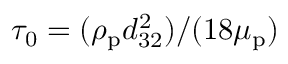
\tau _ { 0 } = ( \rho _ { \mathrm { p } } d _ { 3 2 } ^ { 2 } ) / ( 1 8 \mu _ { \mathrm { p } } )